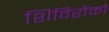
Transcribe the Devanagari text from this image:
शिविरोंको